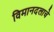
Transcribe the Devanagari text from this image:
विमानदलाचे